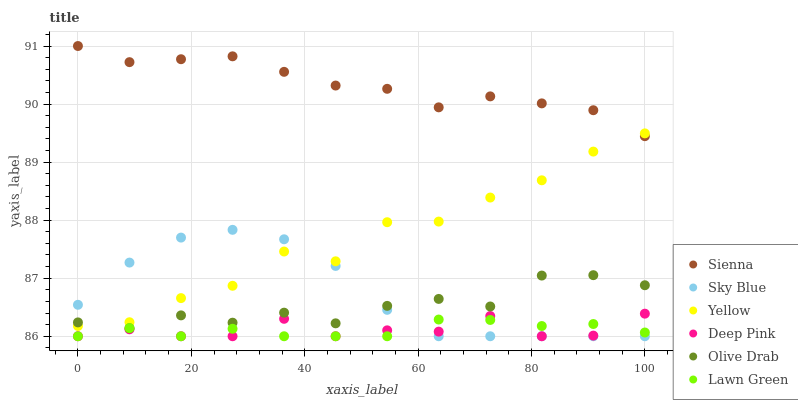
| xaxis_label | Sienna | Sky Blue | Yellow | Deep Pink | Olive Drab | Lawn Green |
 | --- | --- | --- | --- | --- | --- | --- |
 | 0 | 91 | 86.5 | 86.2 | 86 | 86.2 | 86 |
 | 9.09 | 90.7 | 87.3 | 86.2 | 86.1 | 86.1 | 86.1 |
 | 18.2 | 90.8 | 87.7 | 86.7 | 86 | 86.4 | 86 |
 | 27.3 | 90.8 | 87.8 | 86.9 | 86 | 86.2 | 86.1 |
 | 36.4 | 90.6 | 87.7 | 87.5 | 86.3 | 86.4 | 86 |
 | 45.5 | 90.3 | 87.2 | 87.3 | 86 | 86.2 | 86 |
 | 54.5 | 90.3 | 86.5 | 88 | 86.1 | 86.5 | 86 |
 | 63.6 | 89.9 | 86 | 88 | 86.1 | 86.6 | 86.3 |
 | 72.7 | 90.1 | 86 | 88.4 | 86.3 | 86.5 | 86.3 |
 | 81.8 | 90 | 86 | 88.7 | 86 | 87 | 86.2 |
 | 90.9 | 89.9 | 86 | 89.2 | 86 | 87.1 | 86.2 |
 | 100 | 89.4 | 86 | 89.5 | 86.4 | 86.9 | 86.1 |